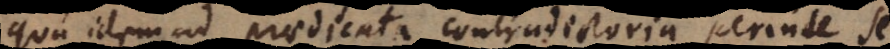
qua idem ad praedicata contradictoria perinde se